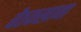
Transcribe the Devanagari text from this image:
बैठकखाना